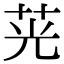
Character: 茪